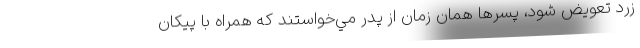
زرد تعويض شود، پسرها همان زمان از پدر مي‌خواستند كه همراه با پيكان